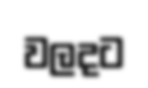
වලදට